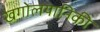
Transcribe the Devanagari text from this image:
खगोलयानिकी